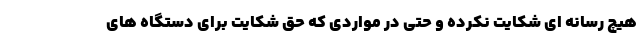
هیچ رسانه ای شکایت نکرده و حتی در مواردی که حق شکایت برای دستگاه های